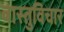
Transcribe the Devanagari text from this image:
वास्तुविचार